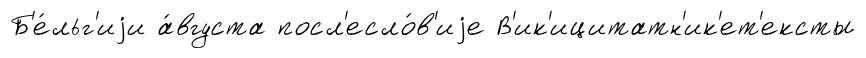
Б'е́льг'иjи а́вгуста посл'есло́в'иjе В'ик'ицитатн'ик'ет'ексты